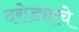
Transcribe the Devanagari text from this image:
दरोड्याचे